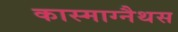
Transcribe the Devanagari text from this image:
कास्माग्नैथस